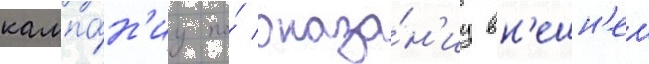
кампа́н'иу по́ оказа́н'иу вн'ешн'еи